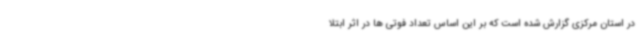
در استان مرکزی گزارش شده است که بر این اساس تعداد فوتی ها در اثر ابتلا